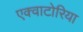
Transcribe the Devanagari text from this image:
एक्वाटोरिया